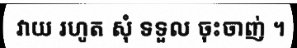
វាយ រហូត សុំ ទទួល ចុះចាញ់ ។